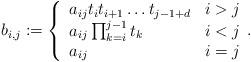
LaTeX: \begin{align*} b_{i,j}:= \left\{\begin{array}{ll} a_{ij}t_it_{i+1}\dots t_{j-1+d } & i>j \\ a_{ij}\prod_{k=i}^{j-1}t_k & i< j \\ a_{ij} & i=j \\\end{array}. \right. \end{align*}